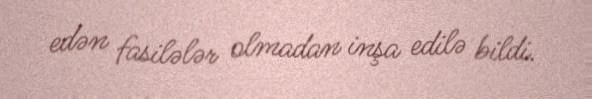
edən fasilələr olmadan inşa edilə bildi.